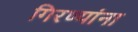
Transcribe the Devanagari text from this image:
गिरण्यांना